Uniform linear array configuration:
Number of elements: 64
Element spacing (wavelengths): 1
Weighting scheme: kaiser
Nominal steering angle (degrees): -45
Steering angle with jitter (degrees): -46.066
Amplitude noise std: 0.05
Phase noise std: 0.05

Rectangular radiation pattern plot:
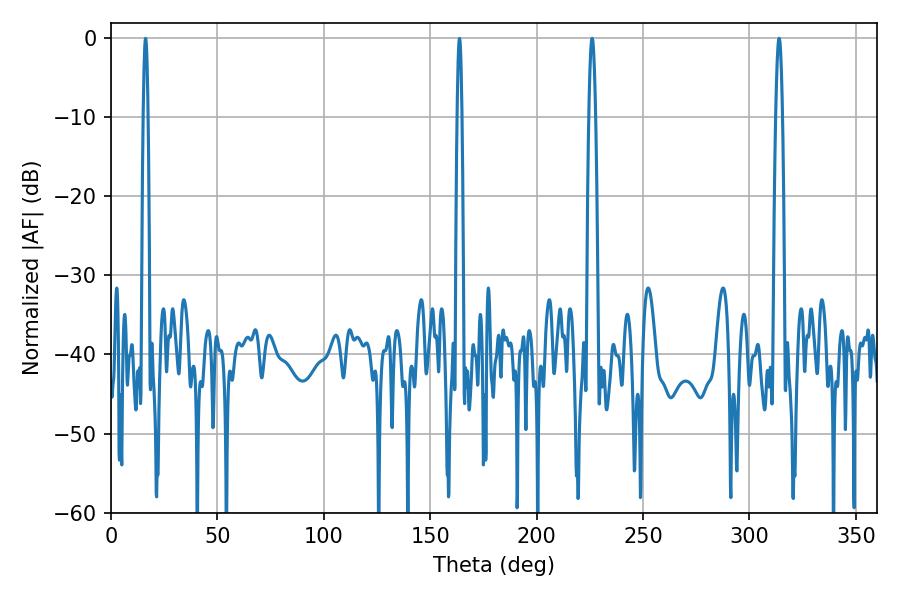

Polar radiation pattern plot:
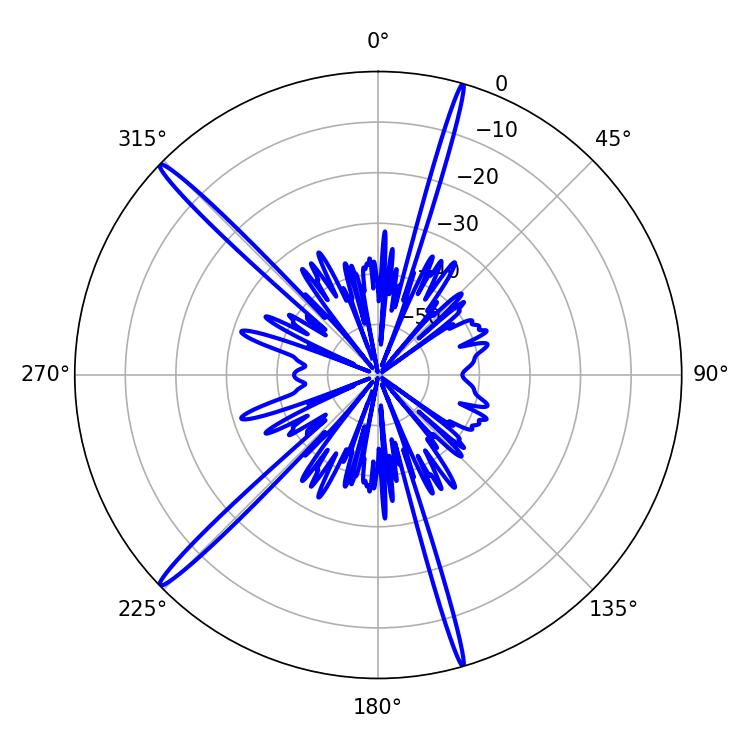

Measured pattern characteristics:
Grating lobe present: TRUE
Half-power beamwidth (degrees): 1.8
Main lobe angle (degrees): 313.92